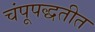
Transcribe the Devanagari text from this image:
चंपूपद्धतीत